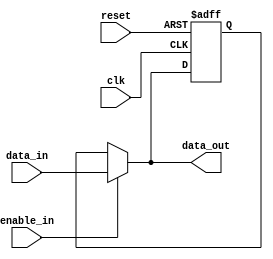
module Variable_Width_Bypass_Register (
    input wire clk,            // Clock input
    input wire reset,          // Reset signal
    input wire enable_in,      // Enable input signal
    input wire [31:0] data_in, // Data input
    output reg [31:0] data_out // Data output
);

reg [31:0] reg_data;          // Internal register to store data

always @ (posedge clk or posedge reset) begin
    if (reset) begin
        reg_data <= 0;         // Reset the register
    end else if (enable_in) begin
        reg_data <= data_in;   // Store input data in the register
    end
end

assign data_out = (enable_in) ? data_in : reg_data; // Bypass data if enable_in is high

endmodule